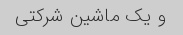
و یک ماشین شرکتی